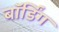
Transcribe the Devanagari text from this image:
बॉर्डिंग